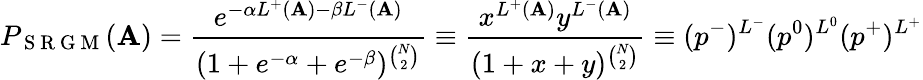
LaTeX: P_{\mathrm{~S~R~G~M~}}(\mathbf{A})=\frac{e^{-\alpha L^{+}(\mathbf{A})-\beta L^{-}(\mathbf{A})}}{(1+e^{-\alpha}+e^{-\beta})^{\binom N2}}\equiv\frac{x^{L^{+}(\mathbf{A})}y^{L^{-}(\mathbf{A})}}{(1+x+y)^{\binom N2}}\equiv(p^{-})^{L^{-}}(p^{0})^{L^{0}}(p^{+})^{L^{+}}